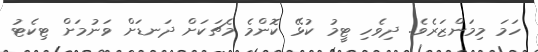
ހަމަ މިމަންޒަރެވެ. ދިވެހި ޓީމު ކުޅޭ ކޮންމެ މެޗަކަށް ދަނޑަށް ވަނުމަށް ޓިކެޓު